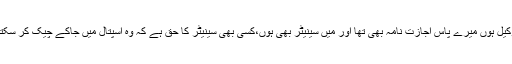
میں وکیل ہوں میرے پاس اجازت نامہ بھی تھا اور میں سینیٹر بھی ہوں،کسی بھی سینیٹر کا حق ہے کہ وہ اسپتال میں جاکے چیک کر سکتا ہے۔